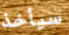
سيأخذ